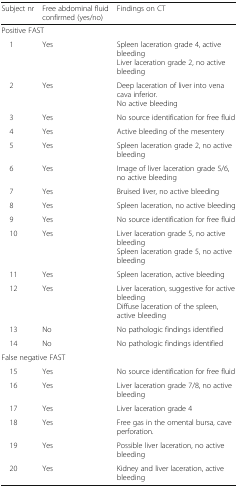
<table><thead><tr><td><b>Subject nr</b></td><td><b>Free abdominal fluid confirmed (yes/no)</b></td><td><b>Findings on CT</b></td></tr></thead><tbody><tr><td colspan="3">Positive FAST</td></tr><tr><td> 1</td><td>Yes</td><td>Spleen laceration grade 4, active bleedingLiver laceration grade 2, no active bleeding</td></tr><tr><td> 2</td><td>Yes</td><td>Deep laceration of liver into vena cava inferior.No active bleeding</td></tr><tr><td> 3</td><td>Yes</td><td>No source identification for free fluid</td></tr><tr><td> 4</td><td>Yes</td><td>Active bleeding of the mesentery</td></tr><tr><td> 5</td><td>Yes</td><td>Spleen laceration grade 2, no active bleeding</td></tr><tr><td> 6</td><td>Yes</td><td>Image of liver laceration grade 5/6, no active bleeding</td></tr><tr><td> 7</td><td>Yes</td><td>Bruised liver, no active bleeding</td></tr><tr><td> 8</td><td>Yes</td><td>Spleen laceration, no active bleeding</td></tr><tr><td> 9</td><td>Yes</td><td>No source identification for free fluid</td></tr><tr><td> 10</td><td>Yes</td><td>Liver laceration grade 5, no active bleedingSpleen laceration grade 5, no active bleeding</td></tr><tr><td> 11</td><td>Yes</td><td>Spleen laceration, active bleeding</td></tr><tr><td> 12</td><td>Yes</td><td>Liver laceration, suggestive for active bleedingDiffuse laceration of the spleen, active bleeding</td></tr><tr><td> 13</td><td>No</td><td>No pathologic findings identified</td></tr><tr><td> 14</td><td>No</td><td>No pathologic findings identified</td></tr><tr><td colspan="3">False negative FAST</td></tr><tr><td> 15</td><td>Yes</td><td>No source identification for free fluid</td></tr><tr><td> 16</td><td>Yes</td><td>Liver laceration grade 7/8, no active bleeding</td></tr><tr><td> 17</td><td>Yes</td><td>Liver laceration grade 4</td></tr><tr><td> 18</td><td>Yes</td><td>Free gas in the omental bursa, cave perforation.</td></tr><tr><td> 19</td><td>Yes</td><td>Possible liver laceration, no active bleeding</td></tr><tr><td> 20</td><td>Yes</td><td>Kidney and liver laceration, active bleeding</td></tr></tbody></table>